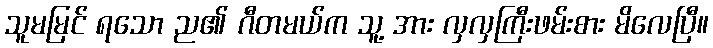
သူမမြင် ရသော ည၏ ဂီတမယ်က သူ့ အား လှလှကြီးဖမ်းစား မိလေပြီ။